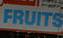
fruits